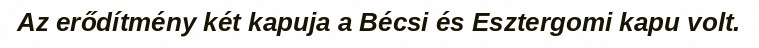
Az erődítmény két kapuja a Bécsi és Esztergomi kapu volt.